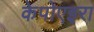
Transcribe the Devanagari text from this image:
केपोएइरा